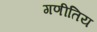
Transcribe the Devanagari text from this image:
गणीतिय